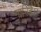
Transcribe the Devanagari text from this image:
मानिहैं।।